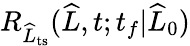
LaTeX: R_{\widehat{L}_{\mathrm{ts}}}(\widehat{L},t;t_{f}|\widehat{L}_{0})